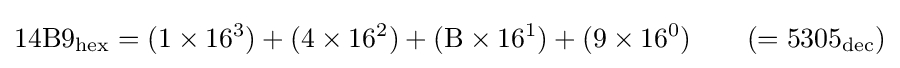
14\mathrm {B} 9_{\mathrm {hex} }=(1\times 16^{3})+(4\times 16^{2})+(\mathrm {B} \times 16^{1})+(9\times 16^{0})\qquad (=5305_{\mathrm {dec} })